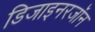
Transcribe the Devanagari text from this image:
डिजाइनरजॉन